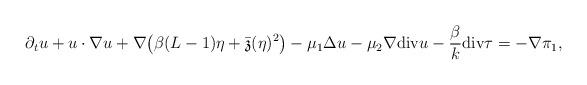
LaTeX: \begin{align*}\partial_t u+ u\cdot \nabla u +\nabla\big(\beta(L-1)\eta+\bar{\mathfrak{z}}(\eta)^{2}\big)-\mu_1\Delta u-\mu_2\nabla \mathrm{div}u-\frac{\beta}{k}\mathrm{div} \tau=-\nabla\pi_1,\end{align*}